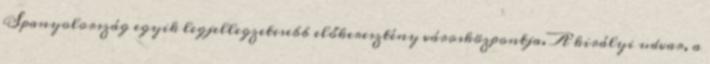
Spanyolország egyik legjellegzetesebb előkeresztény városközpontja. A királyi udvar, a